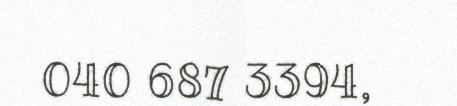
040 687 3394,